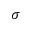
\sigma